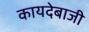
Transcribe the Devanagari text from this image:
कायदेबाजी